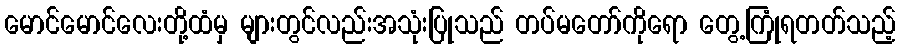
မောင်မောင်လေးတို့ထံမှ များတွင်လည်းအသုံးပြုသည် တပ်မတော်ကိုရော တွေ့ကြုံရတတ်သည့်